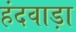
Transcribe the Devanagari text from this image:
हंदवाड़ा